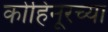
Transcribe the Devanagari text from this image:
कोहिनूरच्या